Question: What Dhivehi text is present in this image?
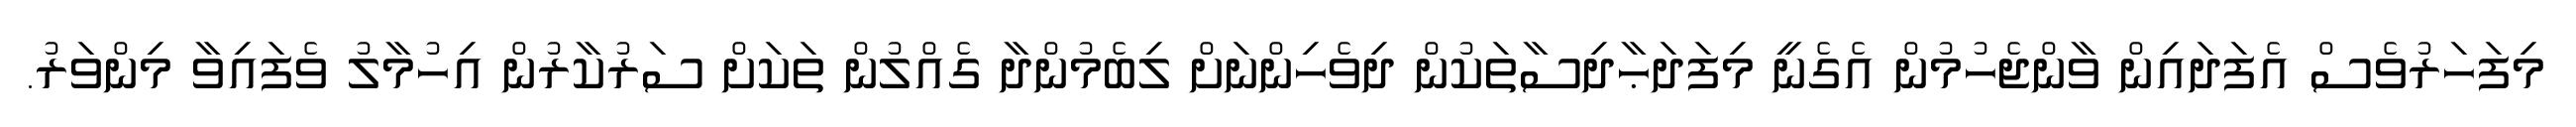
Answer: މިފަހަރުވެސް އެފަދައިން ވާންޖެހުމުން އެގެނީ މިފަދަޙާދިސާތަކުން ދިވެހިންނަށް ލިބެމުންދާ ގެއްލުން ތަކަށް ސަރުކާރުން އިހުމާލު ވެފައިވާ މިންވަރު.